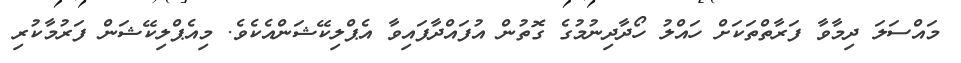
މައްސަލަ ދިމާވާ ފަރާތްތަކަށް ހައްލު ހޯދާދިނުމުގެ ގޮތުން އުފައްދާފައިވާ އެޕްލިކޭޝަންއެކެވެ. މިއެޕްލިކޭޝަން ފަރުމާކުރި